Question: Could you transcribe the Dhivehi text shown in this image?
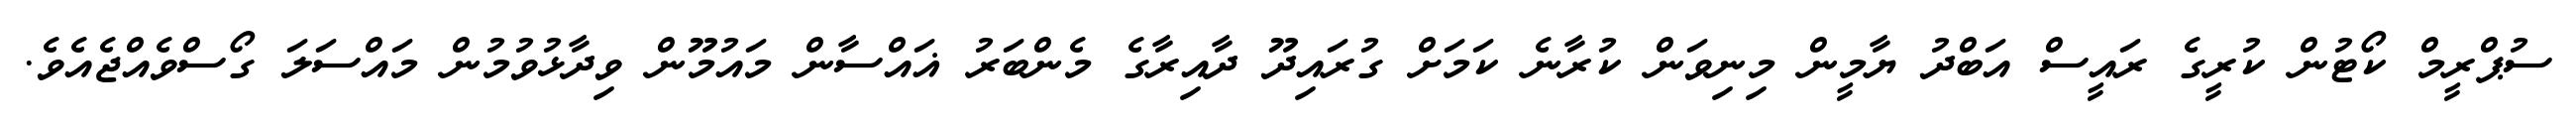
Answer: ސުޕްރީމް ކޯޓުން ކުރީގެ ރައީސް އަބްދު ޔާމީން މިނިވަން ކުރާނެ ކަމަށް ގުރައިދޫ ދާއިރާގެ މެންބަރު ޣައްސާން މައުމޫން ވިދާޅުވުމުން މައްސަލަ ގޯސްވެއްޖެއެވެ.